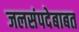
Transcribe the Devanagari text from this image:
जलसंपदेबाबत